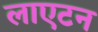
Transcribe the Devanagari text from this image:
लाएटन